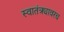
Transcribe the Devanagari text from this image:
स्वातंत्र्यावरच